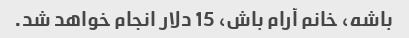
باشه، خانم آرام باش، 15 دلار انجام خواهد شد.